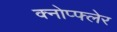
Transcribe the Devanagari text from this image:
क्नोप्फ्लेर